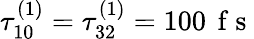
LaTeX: \tau_{10}^{(1)}=\tau_{32}^{(1)}=100\, \mathrm{~f~s~}